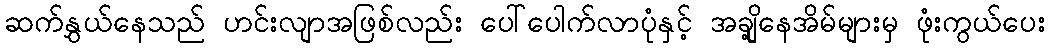
ဆက်နွှယ်နေသည် ဟင်းလျာအဖြစ်လည်း ပေါ်ပေါက်လာပုံနှင့် အချို့နေအိမ်များမှ ဖုံးကွယ်ပေး